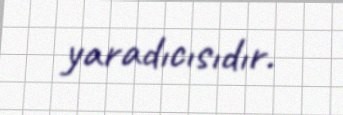
yaradıcısıdır.